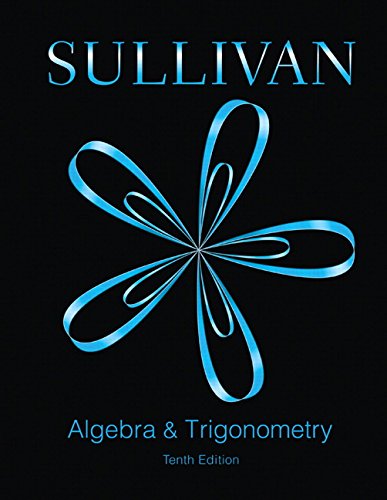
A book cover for Algebra and Trigonometry Plus MyMathLab -- Access Card Package (10th Edition); Michael Sullivan; Science & Math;